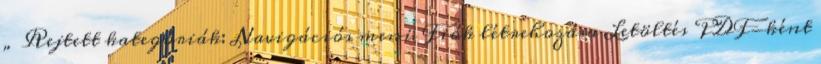
„ Rejtett kategóriák: Navigációs menü Fiók létrehozása Letöltés PDF-ként